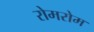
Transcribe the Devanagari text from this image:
रोमरोम